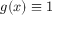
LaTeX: g ( x ) \equiv 1